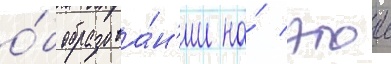
о́б образова́н'ии на́ этои